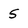
Character: 5